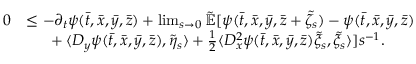
\begin{array} { r l } { 0 } & { \leq - \partial _ { t } \psi ( \bar { t } , \bar { x } , \bar { y } , \bar { z } ) + \operatorname* { l i m } _ { s \rightarrow 0 } \mathbb { \tilde { E } } [ \psi ( \bar { t } , \bar { x } , \bar { y } , \bar { z } + \tilde { \zeta } _ { s } ) - \psi ( \bar { t } , \bar { x } , \bar { y } , \bar { z } ) } \\ & { \mathrm { ~ \ ~ \ } + \langle D _ { y } \psi ( \bar { t } , \bar { x } , \bar { y } , \bar { z } ) , \tilde { \eta } _ { s } \rangle + \frac { 1 } { 2 } \langle D _ { x } ^ { 2 } \psi ( \bar { t } , \bar { x } , \bar { y } , \bar { z } ) \tilde { \xi } _ { s } , \tilde { \xi } _ { s } \rangle ] s ^ { - 1 } . } \end{array}